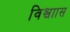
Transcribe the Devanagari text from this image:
विश्वाास